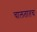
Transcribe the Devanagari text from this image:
चालतातच